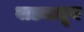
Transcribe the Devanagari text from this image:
वाड्यातून